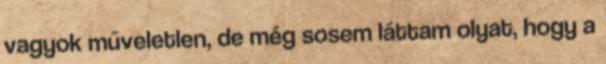
vagyok műveletlen, de még sosem láttam olyat, hogy a